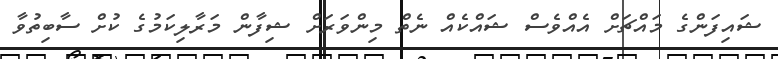
ޝައިފަންގެ މައްޗަށް އެއްވެސް ޝައްކެއް ނެތް މިންވަރަށް ޝިފާން މަރާލިކަމުގެ ކުށް ސާބިތުވާ